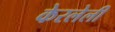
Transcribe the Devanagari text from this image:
केरलेली